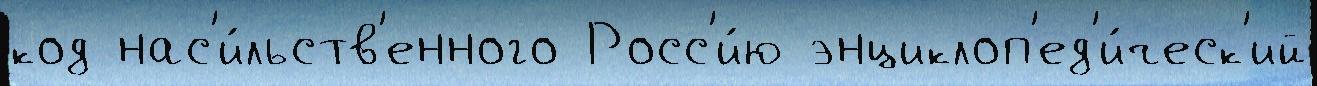
код нас'и́льств'енного Росс'и́ю энциклоп'ед'и́ческ'ий